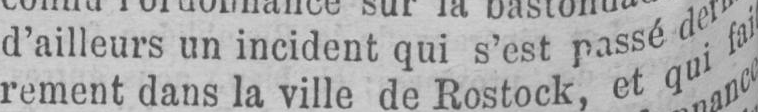
rement dans la ville de Rostock, et qui fai